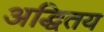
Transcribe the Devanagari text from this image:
अद्धितय